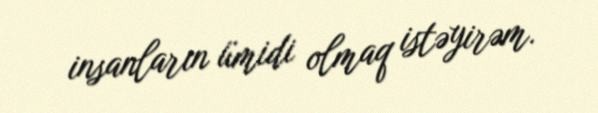
insanların ümidi olmaq istəyirəm.